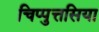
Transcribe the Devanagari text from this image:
चिप्पुत्तसिया